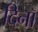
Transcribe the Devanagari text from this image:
दिनॉ